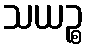
သယဉ္စ